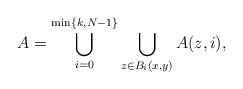
LaTeX: \begin{align*}A=\bigcup_{i=0}^{\min\{k,N-1\}}\bigcup_{z\in B_i(x,y)}A(z,i),\end{align*}